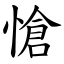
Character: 愴